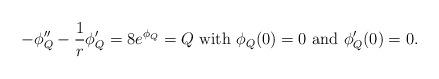
LaTeX: \begin{align*}-\phi_Q''-\frac{1}{r}\phi_Q'=8e^{\phi_Q}=Q \mbox{ with } \phi_Q(0)=0 \mbox{ and } \phi_Q'(0)=0.\end{align*}